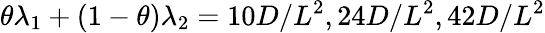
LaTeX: \theta\lambda_{1}+(1-\theta)\lambda_{2}=10D/L^{2},24D/L^{2},42D/L^{2}